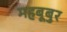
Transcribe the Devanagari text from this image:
महबूबुर